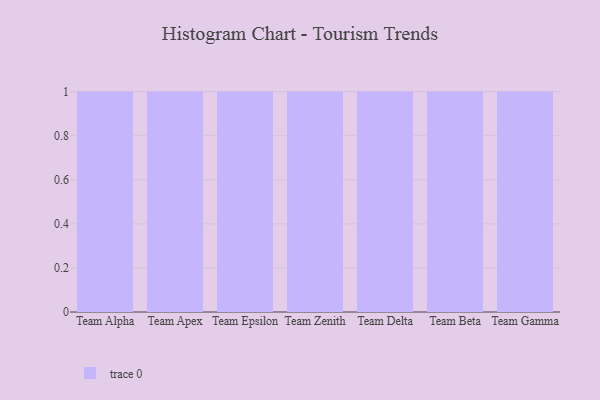
{"axis": {"x": "Team", "y": "Net Income (USD K)"}, "legend": [""], "data": [{"x": "Team Alpha", "y": 26, "type": ""}, {"x": "Team Apex", "y": 60, "type": ""}, {"x": "Team Epsilon", "y": 42, "type": ""}, {"x": "Team Zenith", "y": 54, "type": ""}, {"x": "Team Delta", "y": 19, "type": ""}, {"x": "Team Beta", "y": 30, "type": ""}, {"x": "Team Gamma", "y": 49, "type": ""}]}